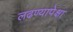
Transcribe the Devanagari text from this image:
लढण्यापेक्षा